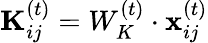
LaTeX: \mathbf{K}_{ij}^{(t)}=W_{K}^{(t)}\cdot\mathbf{x}_{ij}^{(t)}